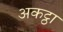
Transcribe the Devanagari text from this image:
अकट्ठा